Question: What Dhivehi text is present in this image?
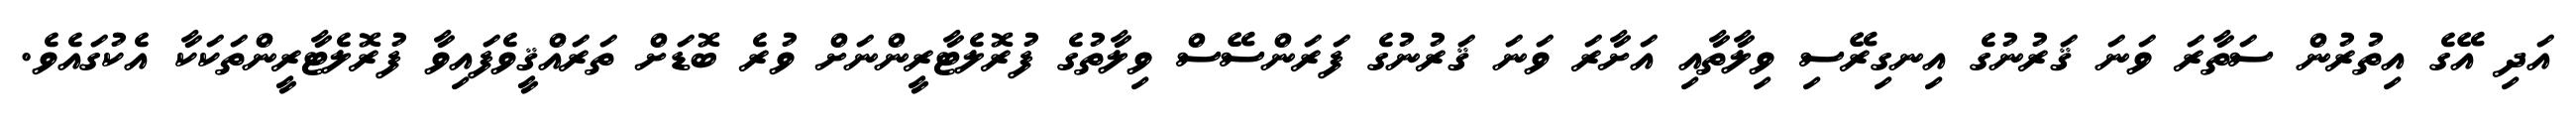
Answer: އަދި އޭގެ އިތުރުން ސަތާރަ ވަނަ ޤަރުނުގެ އިނގިރޭސި ވިލާތާއި އަށާރަ ވަނަ ޤަރުނުގެ ފަރަންސޭސް ވިލާތުގެ ފުރޮލެޓާރީންނަށް ވުރެ ބޮޑަށް ތަރައްޤީވެފައިވާ ފުރޮލެޓާރީންތަކަކާ އެކުގައެވެ.